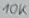
Text: 10K